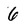
Character: 6